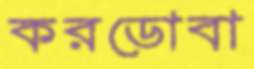
করডোবা